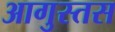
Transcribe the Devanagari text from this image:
आगुस्तस